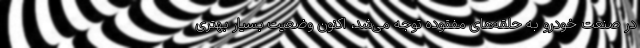
در صنعت خودرو به حلقه‌های مفقوده توجه می‌شد، اکنون وضعیت بسیار بهتری